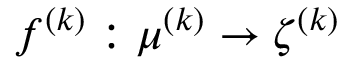
f ^ { ( k ) } : \boldsymbol { \mu } ^ { ( k ) } \rightarrow \boldsymbol { \zeta } ^ { ( k ) }